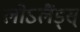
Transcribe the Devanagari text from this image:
लोऽलैंड्स्